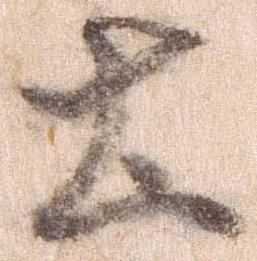
土